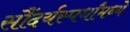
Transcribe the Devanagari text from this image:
सौंदर्यस्पर्धांमध्ये